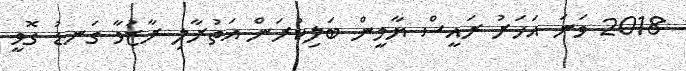
2018 ވަނަ އަހަރު ރައީސް ޔާމީން ބަލިކުރަން އަތުރާލި ރާޒުވާ ގަނޑު ގޮވީ